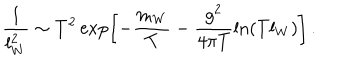
\frac { 1 } { l _ { W } ^ { 2 } } \sim T ^ { 2 } \exp \left[ - \frac { m _ { W } } T - \frac { g ^ { 2 } } { 4 \pi T } \ln ( T l _ { W } ) \right] \, .